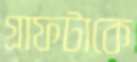
গ্রাফটাকে